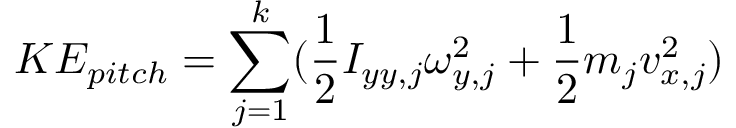
K E _ { p i t c h } = \sum _ { j = 1 } ^ { k } ( \frac { 1 } { 2 } I _ { y y , j } \omega _ { y , j } ^ { 2 } + \frac { 1 } { 2 } m _ { j } v _ { x , j } ^ { 2 } )